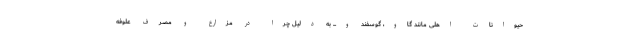
حیوانات اهلی مانند گاو، گوسفند و... به دلیل چرا در مزارع و مصرف علوفه